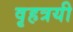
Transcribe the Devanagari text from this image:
वृहत्रयी